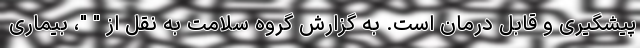
پیشگیری و قابل درمان است. به گزارش گروه سلامت به نقل از " "، بیماری